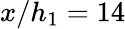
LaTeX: x/h_{1}=14